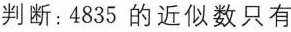
判断：4835的近似数只有